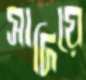
সাদিয়ে